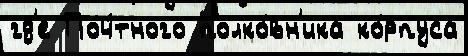
гд'е Поч́тного полко́вн'ика ко́рпуса